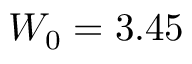
W _ { 0 } = 3 . 4 5